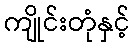
ကျိုင်းတုံနှင့်